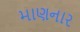
માણનાર